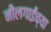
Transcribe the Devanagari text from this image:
नीलगाईंच्या